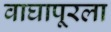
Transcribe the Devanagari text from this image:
वाघापूरला